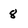
Character: 8